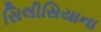
સિલીસિયાના